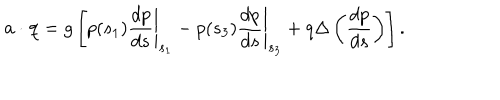
{ \bf a } \cdot { \bf q } = g \left[ p ( s _ { 1 } ) \left. \frac { d p } { d s } \right| _ { s _ { 1 } } - p ( s _ { 3 } ) \left. \frac { d p } { d s } \right| _ { s _ { 3 } } + q \Delta \left( \frac { d p } { d s } \right) \right] .